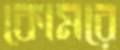
কোমরে